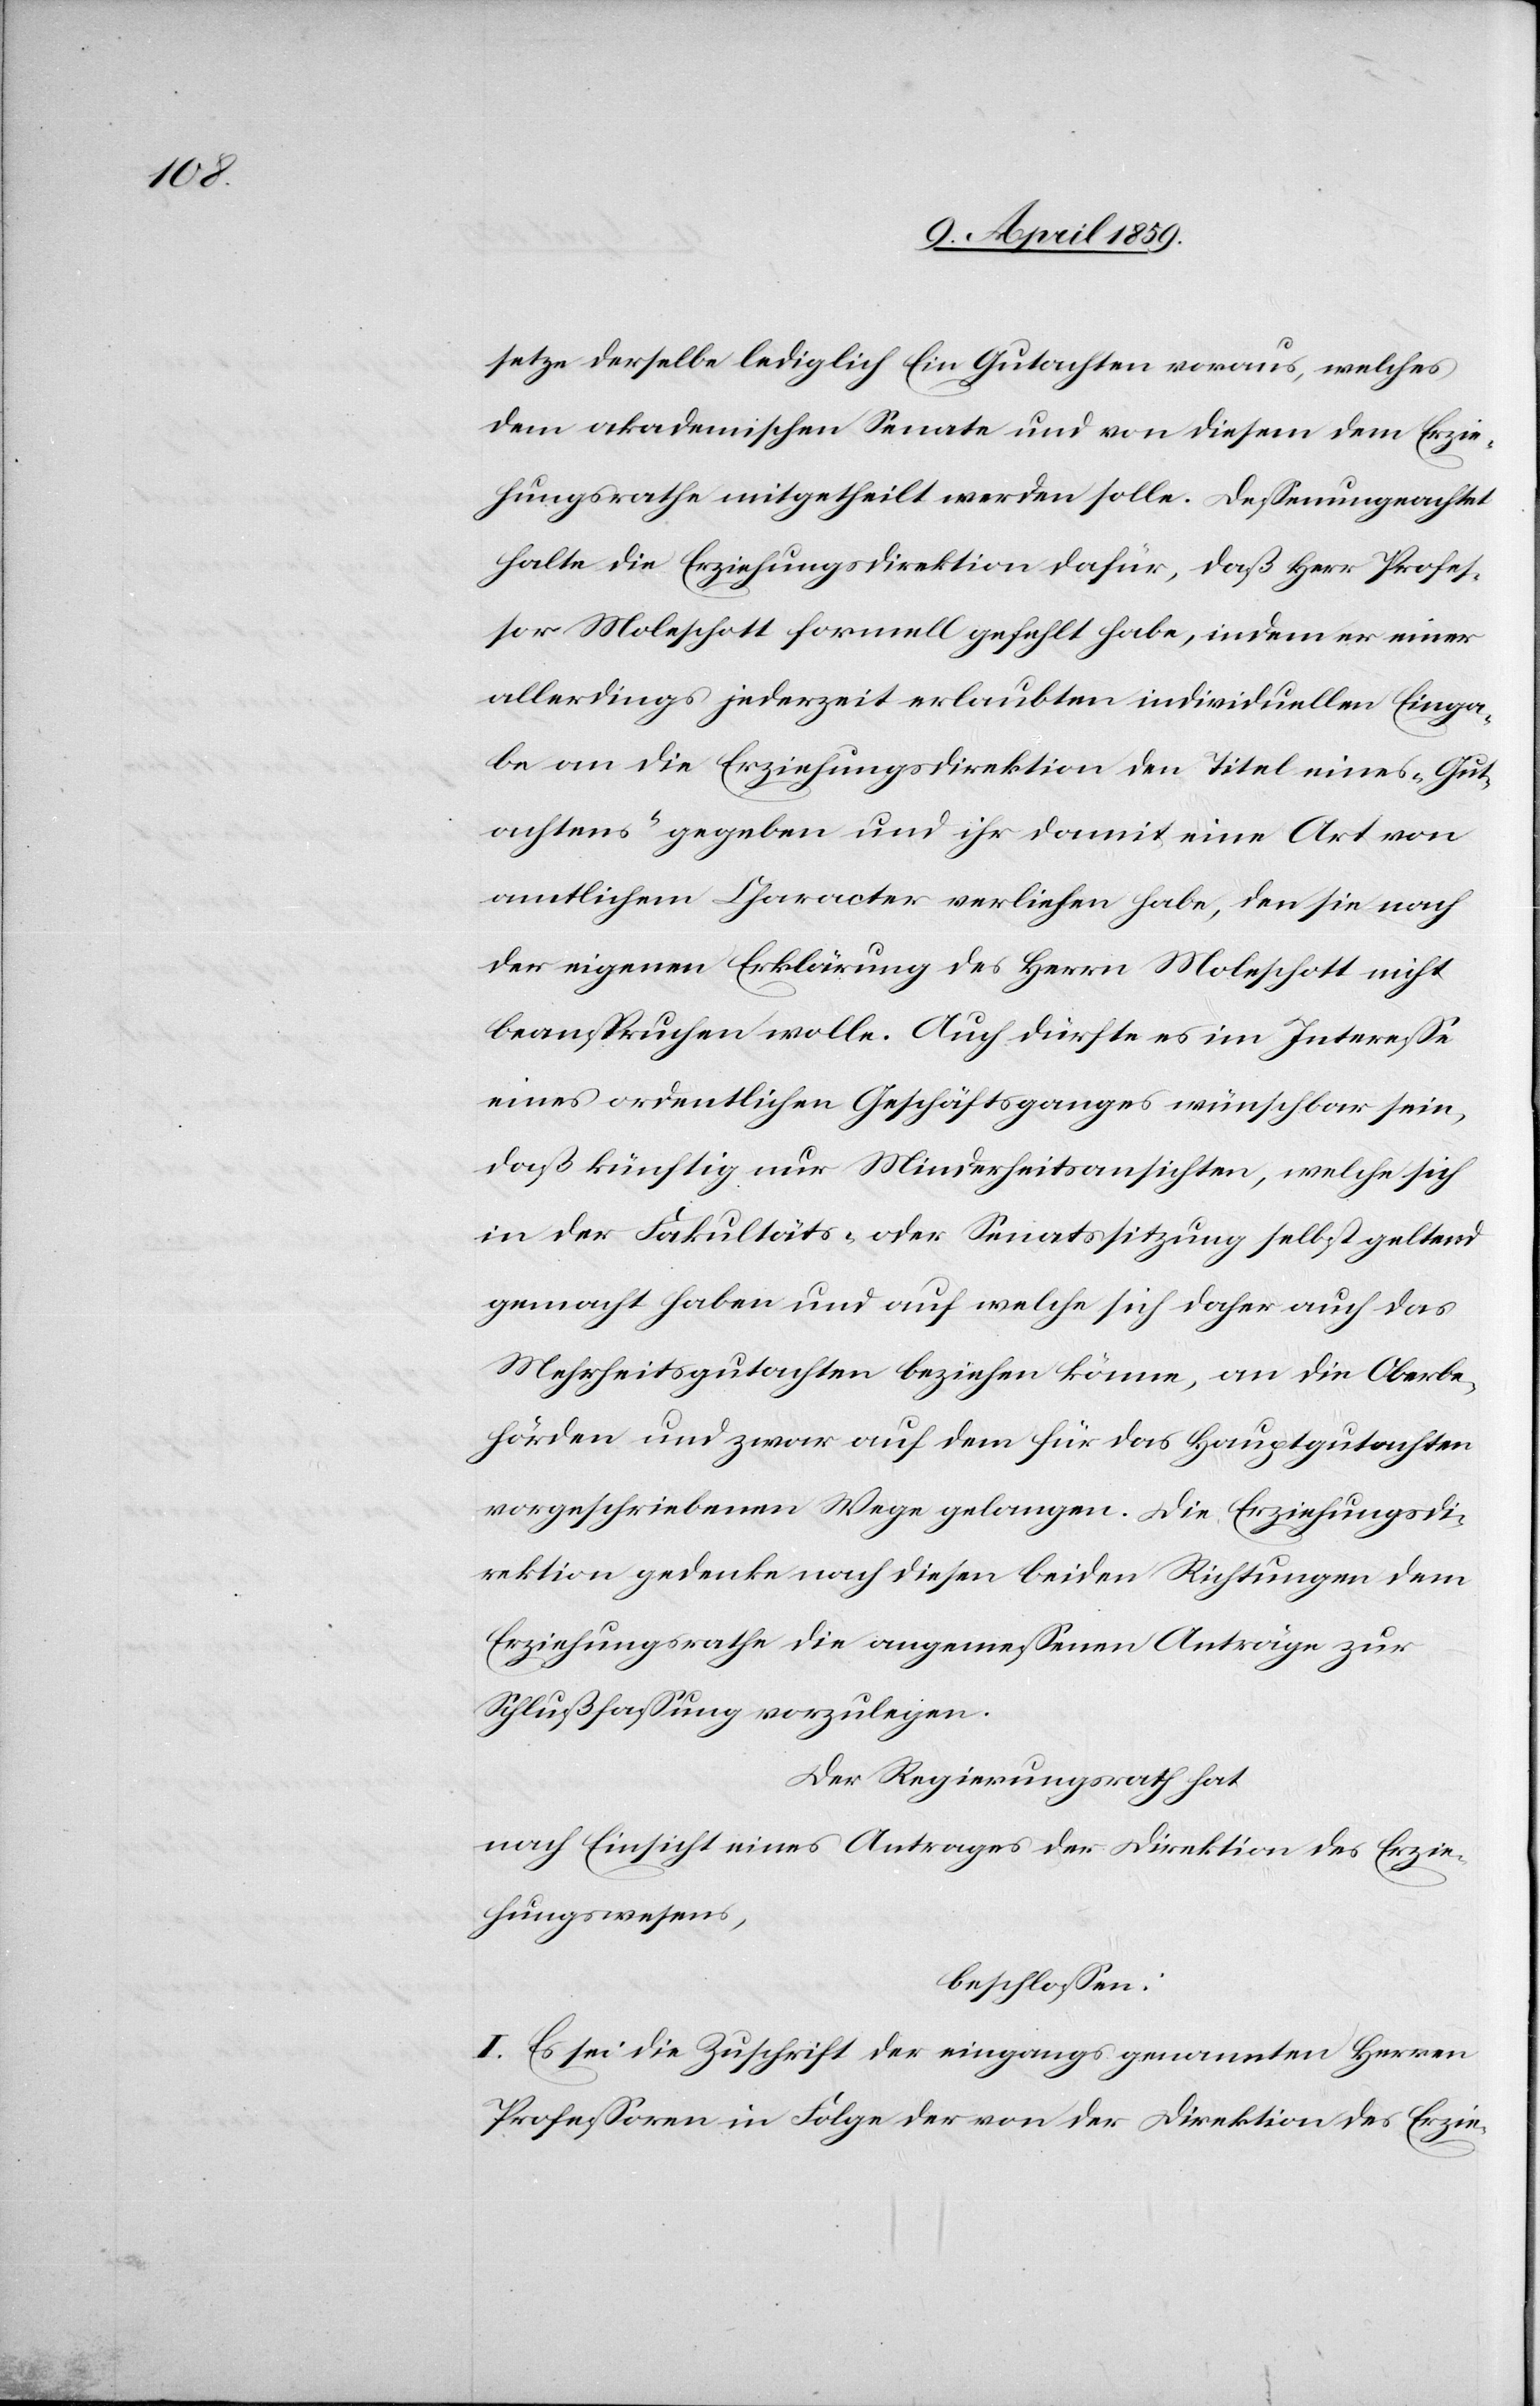
setze derselbe lediglich Ein Gutachten voraus, welches
dem akademischen Senate und von diesem dem Erzie¬
hungsrathe mitgetheilt werden solle. Deßenungeachtet
halte die Erziehungsdirektion dafür, daß Herr Profes¬
sor Moleschott formell gefehlt habe, indem er einer
allerdings jederzeit erlaubten individuellen Einga¬
be an die Erziehungsdirektion den Titel eines „Gut¬
achtens“ gegeben und ihr damit eine Art von
amtlichem Character verliehen habe, den sie nach
der eigenen Erklärung des Herrn Moleschott nicht
beanspruchen wolle. Auch dürfte es im Intereße
eines ordentlichen Geschäftsganges wünschbar sein,
daß künftig nur Minderheitsansichten, welche sich
in der Fakultäts- oder Senatssitzung selbst geltend
gemacht haben und auf welche sich daher auch das
Mehrheitsgutachten beziehen könne, an die Oberbe¬
hörden und zwar auf dem für das Hauptgutachten
vorgeschriebenen Wege gelangen. Die Erziehungsdi¬
rektion gedenke nach diesen beiden Richtungen dem
Erziehungsrathe die angemeßenen Anträge zur
Schlußfaßung vorzulegen.
Der Regierungsrath hat
nach Einsicht eines Antrages der Direktion des Erzie¬
hungswesens,
beschloßen:
I. Es sei die Zuschrift der eingangs genannten Herren
Profeßoren in Folge der von der Direktion des Erzie-